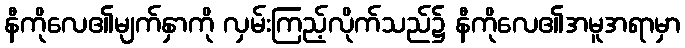
နီကိုလေ၏မျက်နှာကို လှမ်းကြည့်လိုက်သည်၌ နီကိုလေ၏အမူအရာမှာ